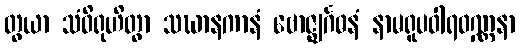
တွယာ သံဝိရုဟိတွာ သဃာနကာနံ ဗောဇ္ဈင်္ဂဓနံ နာမရူပဝါရဝဏ္ဏနာ